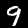
Label: 9